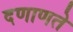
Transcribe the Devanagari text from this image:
दणाणते